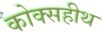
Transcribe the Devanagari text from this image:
कोक्सहीथ